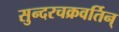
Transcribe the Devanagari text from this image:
सुन्दरचक्रवर्तिन्